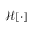
\mathcal { H } [ \cdot ]